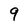
Character: 9